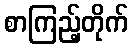
စာကြည့်တိုက်